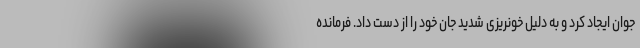
جوان ایجاد کرد و به دلیل خونریزی شدید جان خود را از دست داد. فرمانده